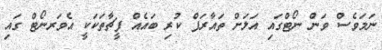
ނަމަވެސް ވަން ނޯޓްގައި އަލަށް ތައާރަފް ކުރި ބައެއް ފީޗާތަކަކީ އެވަރނޯޓް ގައި